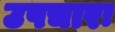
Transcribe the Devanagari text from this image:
उपचारः